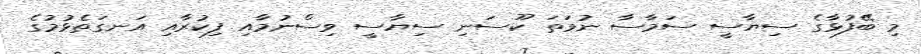
މި ބޭފުޅާގެ ސިޔާސީ ސަމާސާ ނުވަތަ ކޫސަނި ސިޔާސީ ވިސްނުމާއި ފިކުރާއި އަނގަތެޅުމުގެ